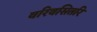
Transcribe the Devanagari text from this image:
वरिवसितरि